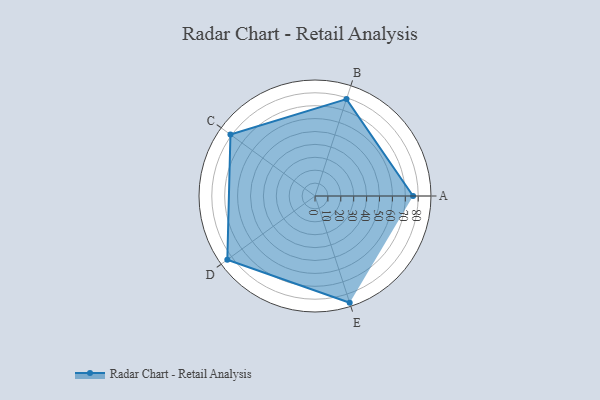
{"axis": {"x": "Skill", "y": "Score"}, "legend": ["Profile"], "data": [{"x": "A", "y": 76.0, "type": "Profile"}, {"x": "B", "y": 79.0, "type": "Profile"}, {"x": "C", "y": 81.0, "type": "Profile"}, {"x": "D", "y": 84.0, "type": "Profile"}, {"x": "E", "y": 87.0, "type": "Profile"}]}